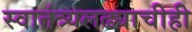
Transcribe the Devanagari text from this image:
स्वातंत्र्यलढ्याचीही